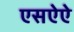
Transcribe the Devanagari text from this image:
एसऐऐ